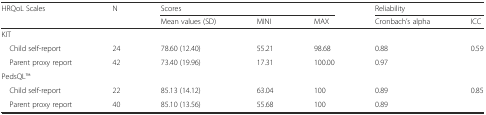
<table><thead><tr><td rowspan="2"><b>HRQoL Scales</b></td><td rowspan="2"><b>N</b></td><td colspan="3"><b>Scores</b></td><td colspan="2"><b>Reliability</b></td></tr><tr><td><b>Mean values (SD)</b></td><td><b>MINI</b></td><td><b>MAX</b></td><td><b>Cronbach’s alpha</b></td><td><b>ICC</b></td></tr></thead><tbody><tr><td>KIT</td><td></td><td></td><td></td><td></td><td></td><td></td></tr><tr><td> Child self-report</td><td>24</td><td>78.60 (12.40)</td><td>55.21</td><td>98.68</td><td>0.88</td><td>0.59</td></tr><tr><td> Parent proxy report</td><td>42</td><td>73.40 (19.96)</td><td>17.31</td><td>100.00</td><td>0.97</td><td></td></tr><tr><td>PedsQLTM</td><td></td><td></td><td></td><td></td><td></td><td></td></tr><tr><td> Child self-report</td><td>22</td><td>85.13 (14.12)</td><td>63.04</td><td>100</td><td>0.89</td><td>0.85</td></tr><tr><td> Parent proxy report</td><td>40</td><td>85.10 (13.56)</td><td>55.68</td><td>100</td><td>0.89</td><td></td></tr></tbody></table>